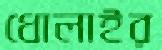
ধোলাইর